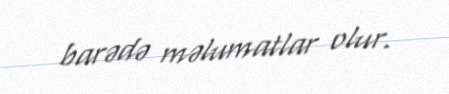
barədə məlumatlar olur.